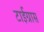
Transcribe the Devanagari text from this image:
टाईग्रास